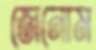
জেনোম